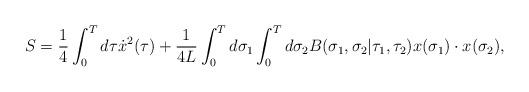
LaTeX: \begin{align*}S={1\over 4}\int_0^Td\tau\dot{x}^2(\tau)+{1\over4L}\int_0^Td\sigma_1\int_0^Td\sigma_2B(\sigma_1,\sigma_2|\tau_1,\tau_2)x(\sigma_1)\cdot x(\sigma_2),\end{align*}